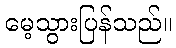
မေ့သွားပြန်သည်။